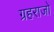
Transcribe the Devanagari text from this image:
ग्रहराजो